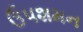
ઉપશમન